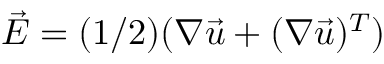
\vec { E } = ( 1 / 2 ) ( \boldsymbol { \nabla } \vec { u } + ( \boldsymbol { \nabla } \vec { u } ) ^ { T } )